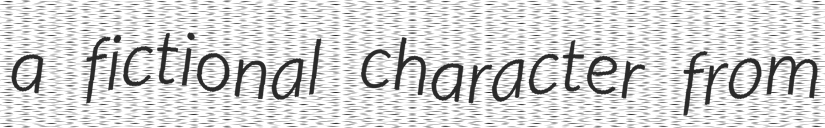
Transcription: a fictional character from